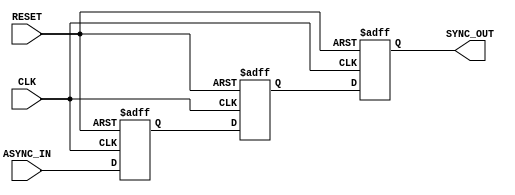
module async_to_sync_converter (
    input wire ASYNC_IN,    // Asynchronous input signal
    input wire CLK,         // Clock signal for synchronization
    input wire RESET,       // Asynchronous reset signal
    output reg SYNC_OUT     // Synchronized output signal
);

// Internal signals for the two-stage synchronization
reg ASYNC_IN_ff1; // First flip-flop stage
reg ASYNC_IN_ff2; // Second flip-flop stage

// Synchronous process for synchronization
always @(posedge CLK or posedge RESET) begin
    if (RESET) begin
        ASYNC_IN_ff1 <= 1'b0; // Reset first flip-flop
        ASYNC_IN_ff2 <= 1'b0; // Reset second flip-flop
        SYNC_OUT <= 1'b0;      // Reset output
    end else begin
        ASYNC_IN_ff1 <= ASYNC_IN; // Sample ASYNC_IN on CLK rising edge
        ASYNC_IN_ff2 <= ASYNC_IN_ff1; // Pass through second flip-flop
        SYNC_OUT <= ASYNC_IN_ff2; // Output the synchronized signal
    end
end

endmodule